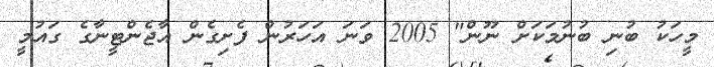
މީހަކު ބުނި ބުނުމަކަށް ނޫން" 2005 ވަނަ އަަހަރުން ފެށިގެން އާޖެންޓީނާގެ ގައުމީ